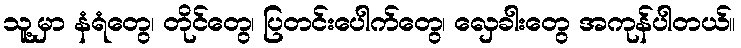
သူ့မှာ နံရံတွေ၊ တိုင်တွေ၊ ပြတင်းပေါက်တွေ၊ လှေခါးတွေ အကုန်ပါတယ်။